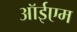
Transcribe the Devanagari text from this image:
ऑईएम